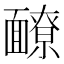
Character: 䩍